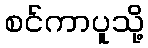
စင်ကာပူသို့